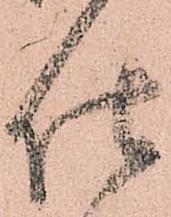
仕